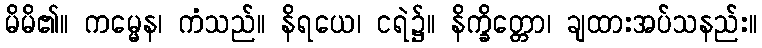
မိမိ၏။ ကမ္မေန၊ ကံသည်။ နိရယေ၊ ငရဲ၌။ နိက္ခိတ္တော၊ ချထားအပ်သနည်း။